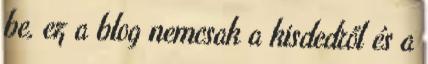
be, ez a blog nemcsak a kisdedről és a